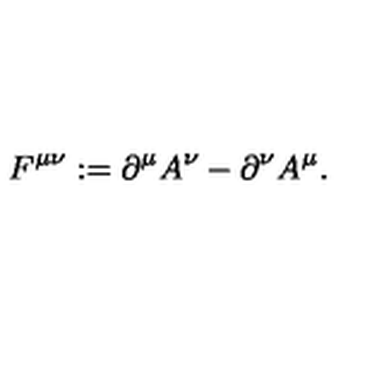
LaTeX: F ^ { \mu \nu } : = \partial ^ { \mu } A ^ { \nu } - \partial ^ { \nu } A ^ { \mu } .